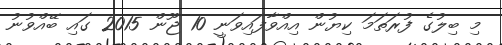
މި ބިލުގެ ފުރަތަމަ ކިޔުން އިއްވާފައިވަނީ 10 ޖޫން 2015 ގައި ބޭއްވުނު